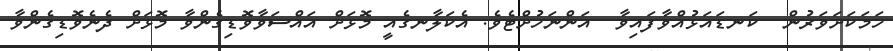
ހަމަކަށަވަރުން  ކަނޑައަޅުއްވާފައިވާ  އަންނަހުށްޓެވެ. އެކަލާނގެއީ މޮޅަށް އައްސަވާވޮޑިގެންވާ މޮޅަށް ދެނެވޮޑިގެންވާ